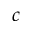
c